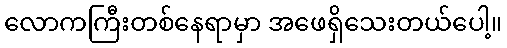
လောကကြီးတစ်နေရာမှာ အဖေရှိသေးတယ်ပေါ့။